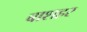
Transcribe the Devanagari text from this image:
बाशहर